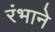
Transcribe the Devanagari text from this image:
रंभाने